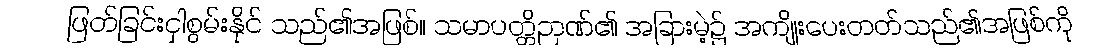
ဖြတ်ခြင်းငှါစွမ်းနိုင် သည်၏အဖြစ်။ သမာပတ္တိဉာဏ်၏ အခြားမဲ့၌ အကျိုးပေးတတ်သည်၏အဖြစ်ကို